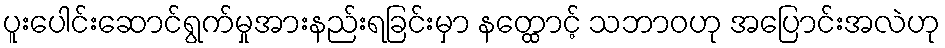
ပူးပေါင်းဆောင်ရွက်မှုအားနည်းရခြင်းမှာ နတ္ထောင့် သဘာဝဟု အပြောင်းအလဲဟု